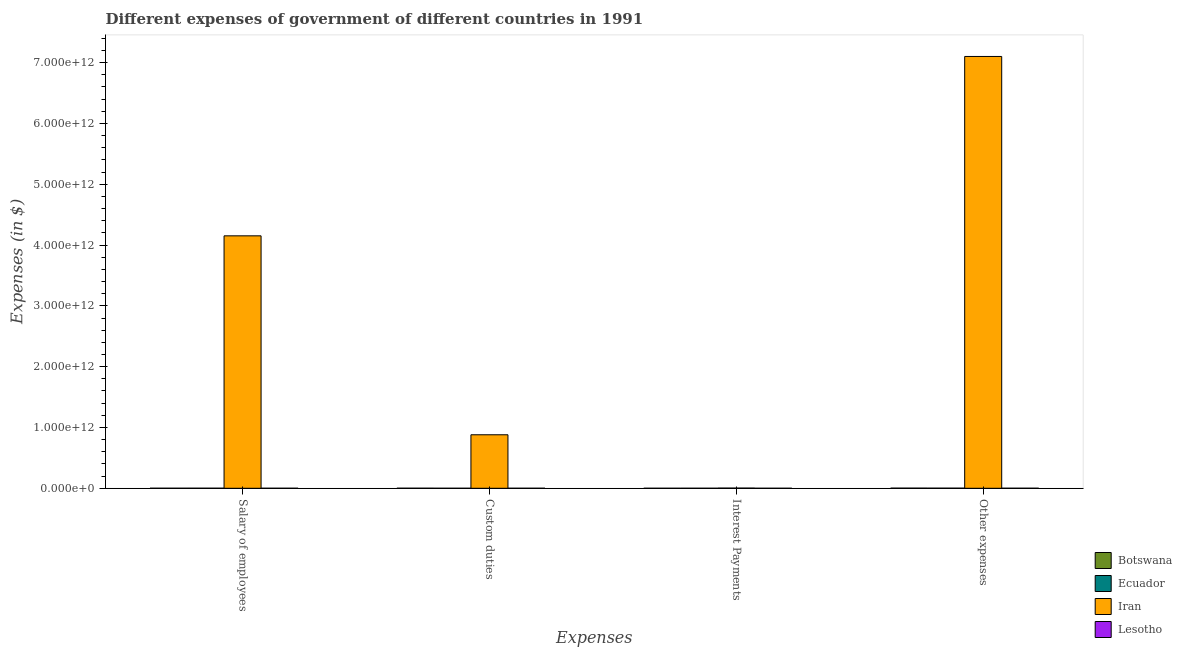
| Expenses | Botswana | Ecuador | Iran | Lesotho |
 | --- | --- | --- | --- | --- |
 | Salary of employees | 7.39e+08 | 7.72e+08 | 4.15e+12 | 2.81e+08 |
 | Custom duties | 7.62e+08 | 2.26e+08 | 8.8e+11 | 4.24e+08 |
 | Interest Payments | 6.07e+07 | 3.99e+08 | 3e+09 | 8.45e+07 |
 | Other expenses | 2.22e+09 | 1.68e+09 | 7.1e+12 | 6.37e+08 |